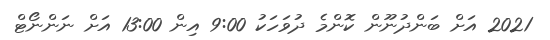
2021 އަށް ބަންދުނޫން ކޮންމެ ދުވަހަކު 9:00 އިން 13:00 އަށް ނަންނޯޓް